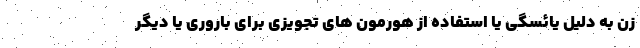
زن به دلیل یائسگی یا استفاده از هورمون های تجویزی برای باروری یا دیگر